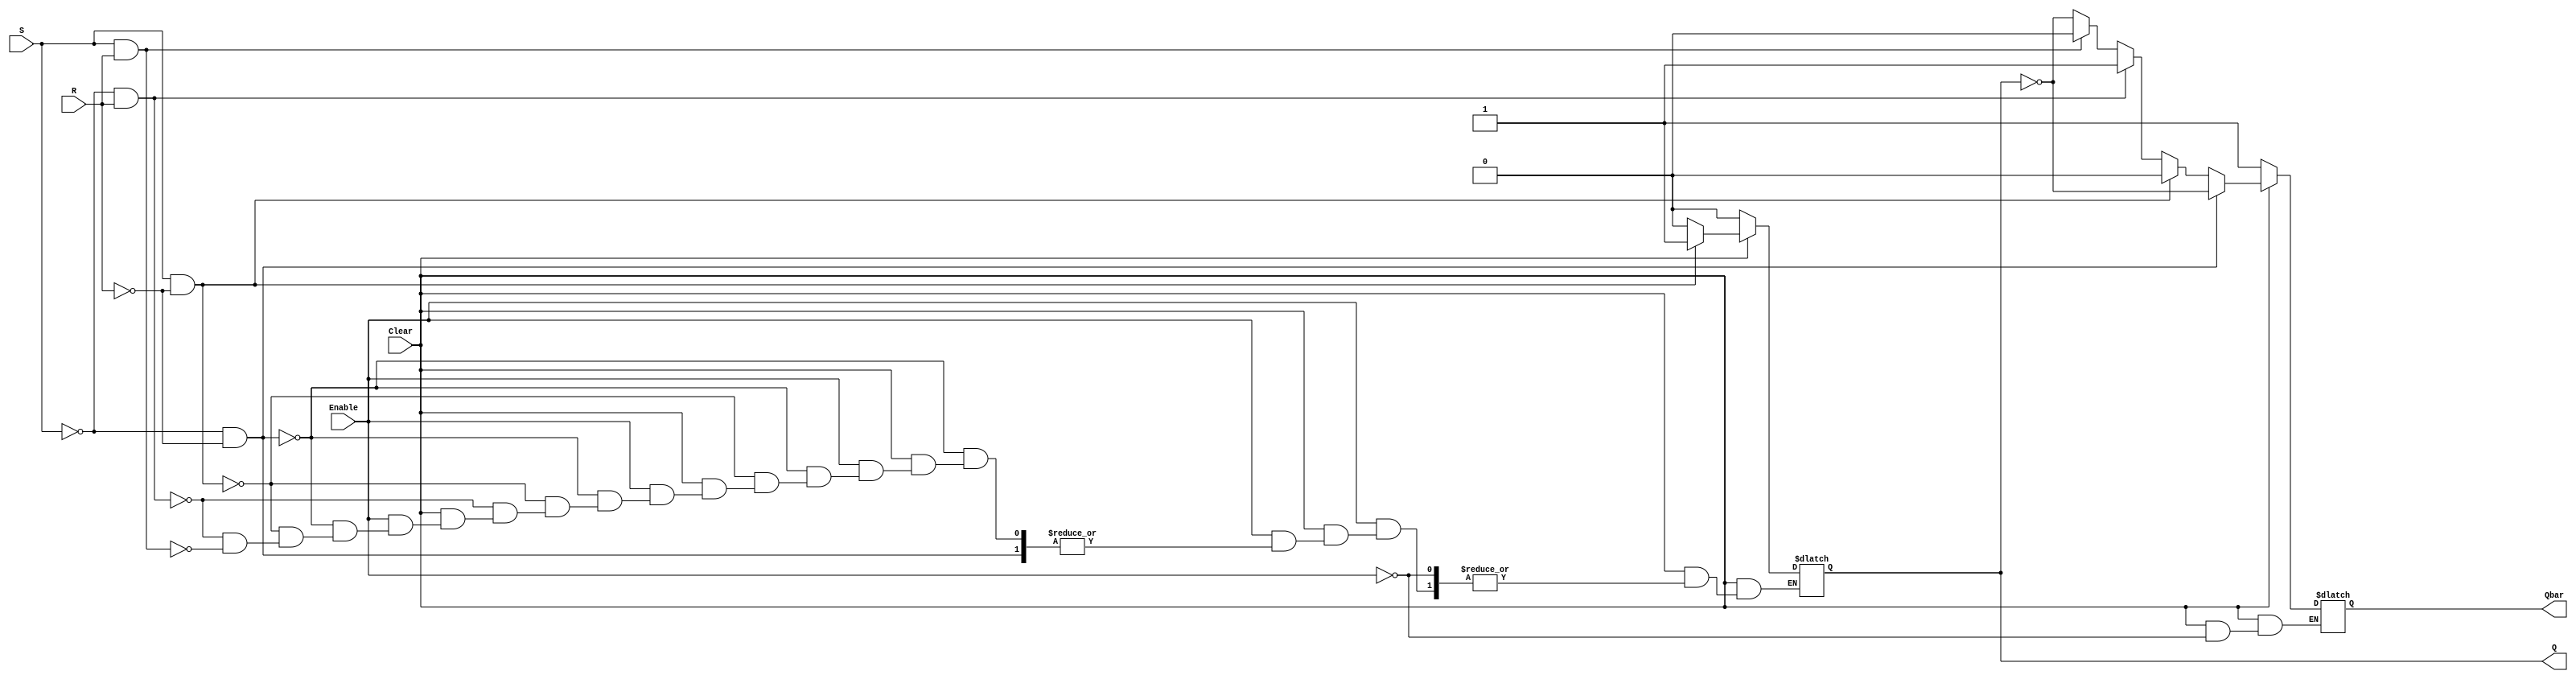
// Module Name:    SR_Latch 

module SR_Latch(S,R,Q,Qbar,Enable,Clear);	
	input S,R,Enable,Clear;
	output reg Q,Qbar;
	always @(Enable,S,R,Clear)
	begin
	if(Clear == 1'b0) //Clear is used to hold the previous state
		begin
		Q = 1'b0;
		Qbar = 1'b1;
		end
	else
	begin
		if(Enable == 1'b1)
		begin
			if(S == 0 && R == 0)
				begin Q = Q; Qbar = ~Q; end
			else if(S == 1 && R == 0)
				begin Q = 1'b1; Qbar = ~Q; end
			else if(S == 0 && R == 1)
				begin Q = 1'b0; Qbar = ~Q; end
			else if(S == 1 && R == 1)
				begin Q = 1'b0; Qbar = 1'b0; end
			else
				begin Q = Q; Qbar = ~Q; end
		end
		else
		begin
			Q <= Q;
			Qbar <= Qbar;
		end
	end
	end
endmodule